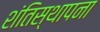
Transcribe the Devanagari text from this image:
शंतिस्थापना